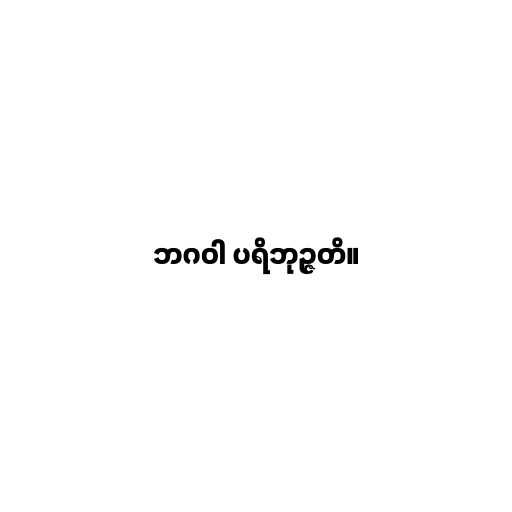
ဘဂဝါ ပရိဘုဉ္ဇတိ။